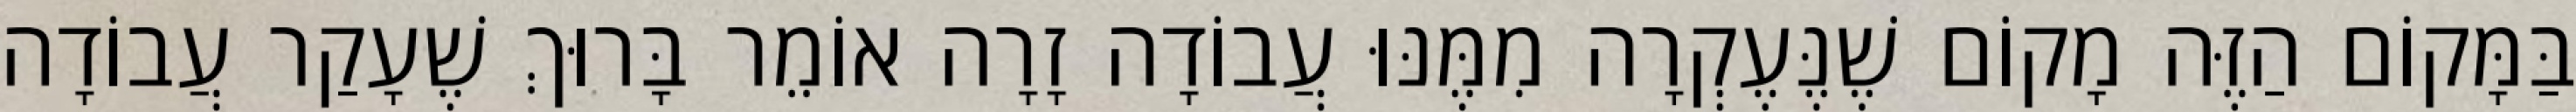
בַּמָּקוֹם הַזֶּה מָקוֹם שֶׁנֶּעֶקְרָה מִמֶּנּוּ עֲבוֹדָה זָרָה אוֹמֵר בָּרוּךְ שֶׁעָקַר עֲבוֹדָה